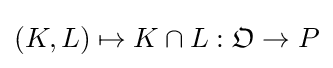
(K,L)\mapsto K\cap L:{\mathfrak {O}}\to P